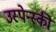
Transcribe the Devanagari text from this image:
उस्पेन्स्की